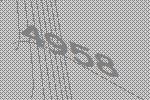
4958